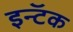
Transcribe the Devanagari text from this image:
इन्टॅक